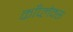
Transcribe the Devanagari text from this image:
काँप्लेक्स